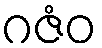
ဂဇံဝ